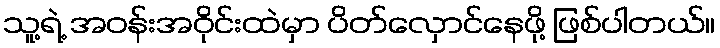
သူ့ရဲ့ အဝန်းအဝိုင်းထဲမှာ ပိတ်လှောင်နေဖို့ ဖြစ်ပါတယ်။